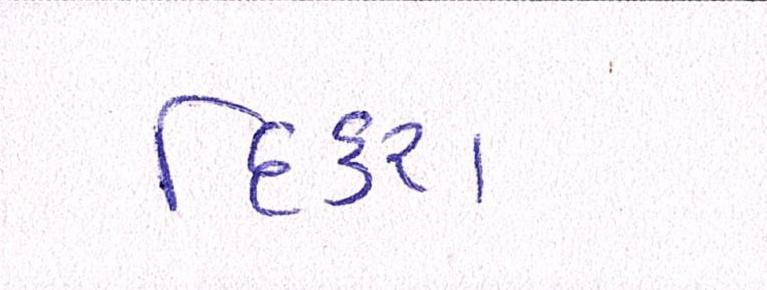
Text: દિકરા